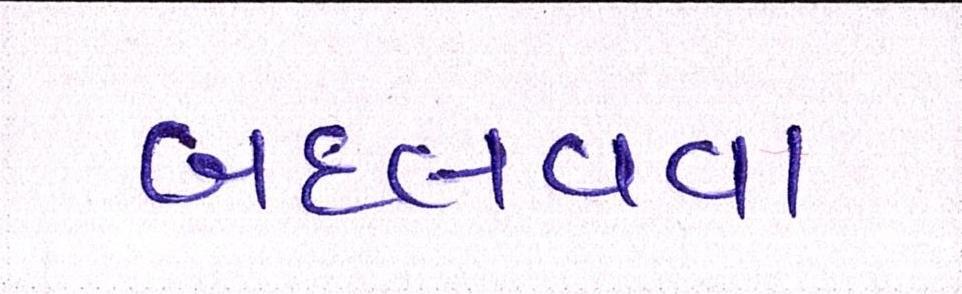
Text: બદલવવા